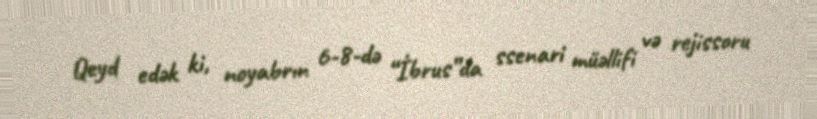
Qeyd edək ki, noyabrın 6-8-də “İbrus”da ssenari müəllifi və rejissoru